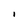
Character: I